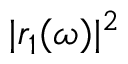
\vert r _ { 1 } ( \omega ) \vert ^ { 2 }